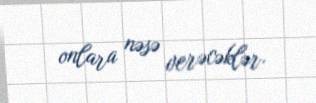
onlara nəsə verəcəklər.